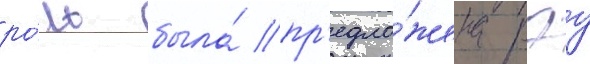
ро́ль была́ пр'едло́жена рэу